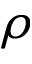
\rho